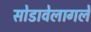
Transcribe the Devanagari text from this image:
सोडावेलागले